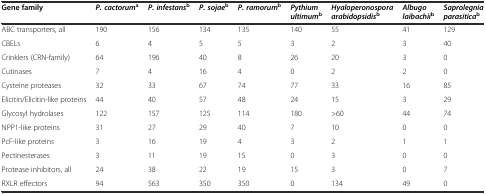
<table><thead><tr><td><b>Gene family</b></td><td><b><i>P. cactorum</i><sup>a</sup></b></td><td><b><i>P. infestans</i><sup>b</sup></b></td><td><b><i>P. sojae</i><sup>b</sup></b></td><td><b><i>P. ramorum</i><sup>b</sup></b></td><td><b><i>Pythium ultimum</i><sup>b</sup></b></td><td><b><i>Hyaloperonospora arabidopsidis</i><sup>b</sup></b></td><td><b><i>Albugo laibachii</i><sup>b</sup></b></td><td><b><i>Saprolegnia parasitica</i><sup>b</sup></b></td></tr></thead><tbody><tr><td>ABC transporters, all</td><td>190</td><td>156</td><td>134</td><td>135</td><td>140</td><td>55</td><td>41</td><td>129</td></tr><tr><td>CBELs</td><td>6</td><td>4</td><td>5</td><td>5</td><td>3</td><td>2</td><td>3</td><td>40</td></tr><tr><td>Crinklers (CRN-family)</td><td>64</td><td>196</td><td>40</td><td>8</td><td>26</td><td>20</td><td>3</td><td>0</td></tr><tr><td>Cutinases</td><td>7</td><td>4</td><td>16</td><td>4</td><td>0</td><td>2</td><td>2</td><td>0</td></tr><tr><td>Cysteine proteases</td><td>32</td><td>33</td><td>67</td><td>74</td><td>77</td><td>33</td><td>16</td><td>85</td></tr><tr><td>Elicitin/Elicitin-like proteins</td><td>44</td><td>40</td><td>57</td><td>48</td><td>24</td><td>15</td><td>3</td><td>29</td></tr><tr><td>Glycosyl hydrolases</td><td>122</td><td>157</td><td>125</td><td>114</td><td>180</td><td>&gt;60</td><td>44</td><td>74</td></tr><tr><td>NPP1-like proteins</td><td>31</td><td>27</td><td>29</td><td>40</td><td>7</td><td>10</td><td>0</td><td>0</td></tr><tr><td>PcF-like proteins</td><td>3</td><td>16</td><td>19</td><td>4</td><td>3</td><td>2</td><td>1</td><td>1</td></tr><tr><td>Pectinesterases</td><td>3</td><td>11</td><td>19</td><td>15</td><td>0</td><td>3</td><td>0</td><td>0</td></tr><tr><td>Protease inhibitors, all</td><td>24</td><td>38</td><td>22</td><td>19</td><td>15</td><td>3</td><td>0</td><td>7</td></tr><tr><td>RXLR effectors</td><td>94</td><td>563</td><td>350</td><td>350</td><td>0</td><td>134</td><td>49</td><td>0</td></tr></tbody></table>